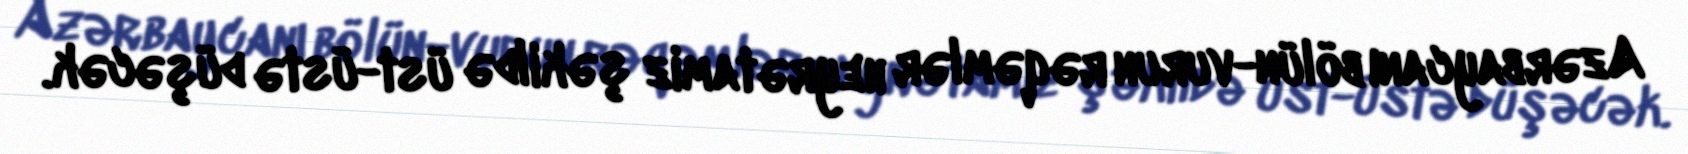
Azərbaycanı bölün-vurun rəqəmlər heyrətamiz şəkildə üst-üstə düşəcək.